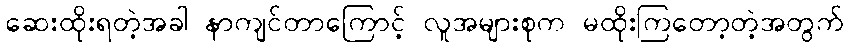
ဆေးထိုးရတဲ့အခါ နာကျင်တာကြောင့် လူအများစုက မထိုးကြတော့တဲ့အတွက်